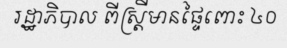
រដ្ឋាភិបាល ពីស្ត្រីមានផ្ទៃពោះ ៤០